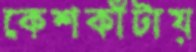
কেশকাঁটায়